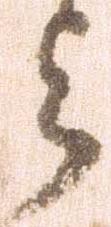
与